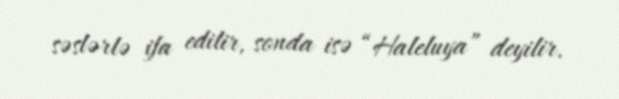
səslərlə ifa edilir, sonda isə “Haleluya” deyilir.